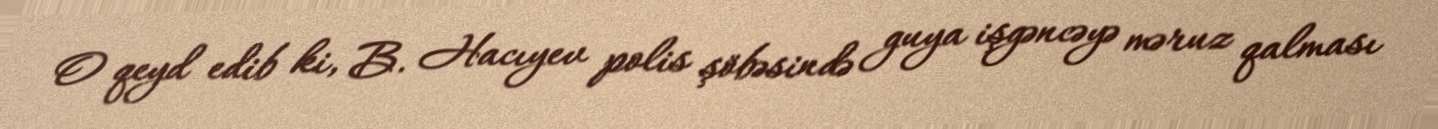
O qeyd edib ki, B. Hacıyev polis şöbəsində guya işgəncəyə məruz qalması